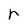
Character: r